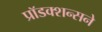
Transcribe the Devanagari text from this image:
प्रॉडक्शन्सने